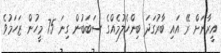
އީރާނަށް ރޭ އައި ބާރުގަދަ ބިންހެލުމެއްގެ ސަބަބުން ގިނަ 75 މީހުން ޒަހަމުވެ